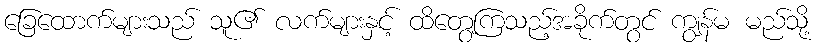
ခြေထောက်များသည် သူ၏ လက်များနှင့် ထိတွေ့ကြသည့်အခိုက်တွင် ကျွန်မ မည်သို့